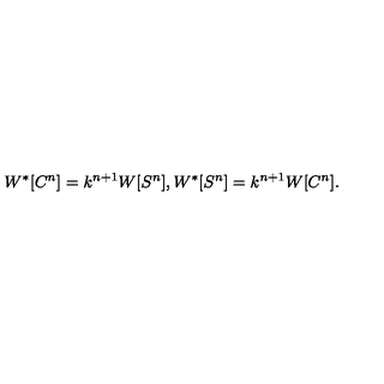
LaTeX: W ^ { * } [ C ^ { n } ] = k ^ { n + 1 } W [ S ^ { n } ] , W ^ { * } [ S ^ { n } ] = k ^ { n + 1 } W [ C ^ { n } ] .